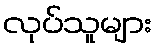
လုပ်သူများ